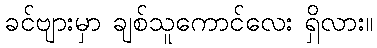
ခင်ဗျားမှာ ချစ်သူကောင်လေး ရှိလား။